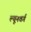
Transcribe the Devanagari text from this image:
ल्यूनवर्ग